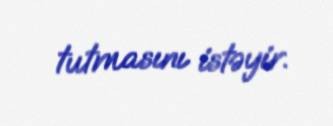
tutmasını istəyir.